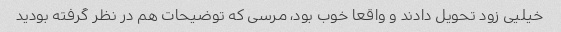
خیلیی زود تحویل دادند و واقعا خوب بود، مرسی که توضیحات هم در نظر گرفته بودید